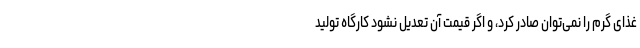
غذای گرم را نمی‌توان صادر کرد، و اگر قیمت آن تعدیل نشود کارگاه تولید